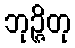
ဘုဉ္ဇိတု